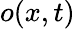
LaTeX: o(x,t)